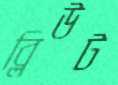
ব্লিউট